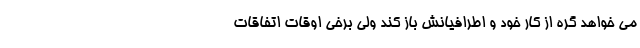
مي خواهد گره از کار خود و اطرافيانش باز کند ولي برخي اوقات اتفاقات